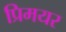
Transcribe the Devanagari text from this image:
प्रिमयर